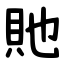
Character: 貤